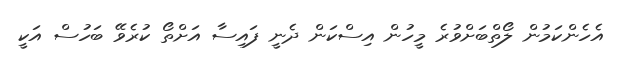
އެހެންކަމުން ލޯތްބަށްވުރެ މީހުން އިސްކަން ދެނީ ފައިސާ އަށްތޯ ކުރެވޭ ބަހުސް އަކީ